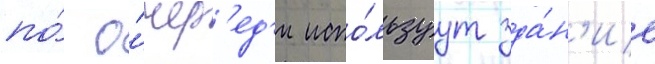
по́ о́чер'ед'и испо́льзуут зда́н'ие